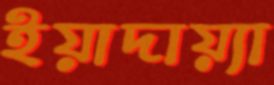
ইয়াদায়্যা